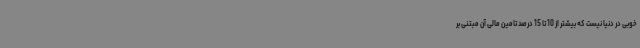
خوبی در دنیا نیست که بیشتر از 10 تا 15 درصد تامین مالی آن مبتنی بر